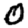
Digit: 0